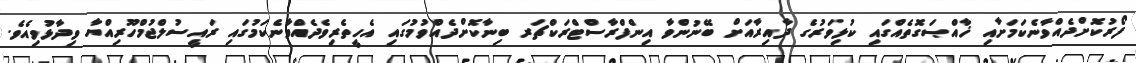
ފޯރުކޮށްދެއްވާނެކަމަށާއި ޚާއްޞަގޮތެއްގައި ކުޅިވަރުގެ ދާއިރާއަށް ބޭނުންވާ އިންފްރާސްޓްރަކްޗަރ ބިނާކޮށްދެއްވުމުގައި އެހީތެރިވެދެއްވާނެކަމުގައި ރައީސުލްޖުމްހޫރިއްޔާ ވިދާޅުވިއެވެ.